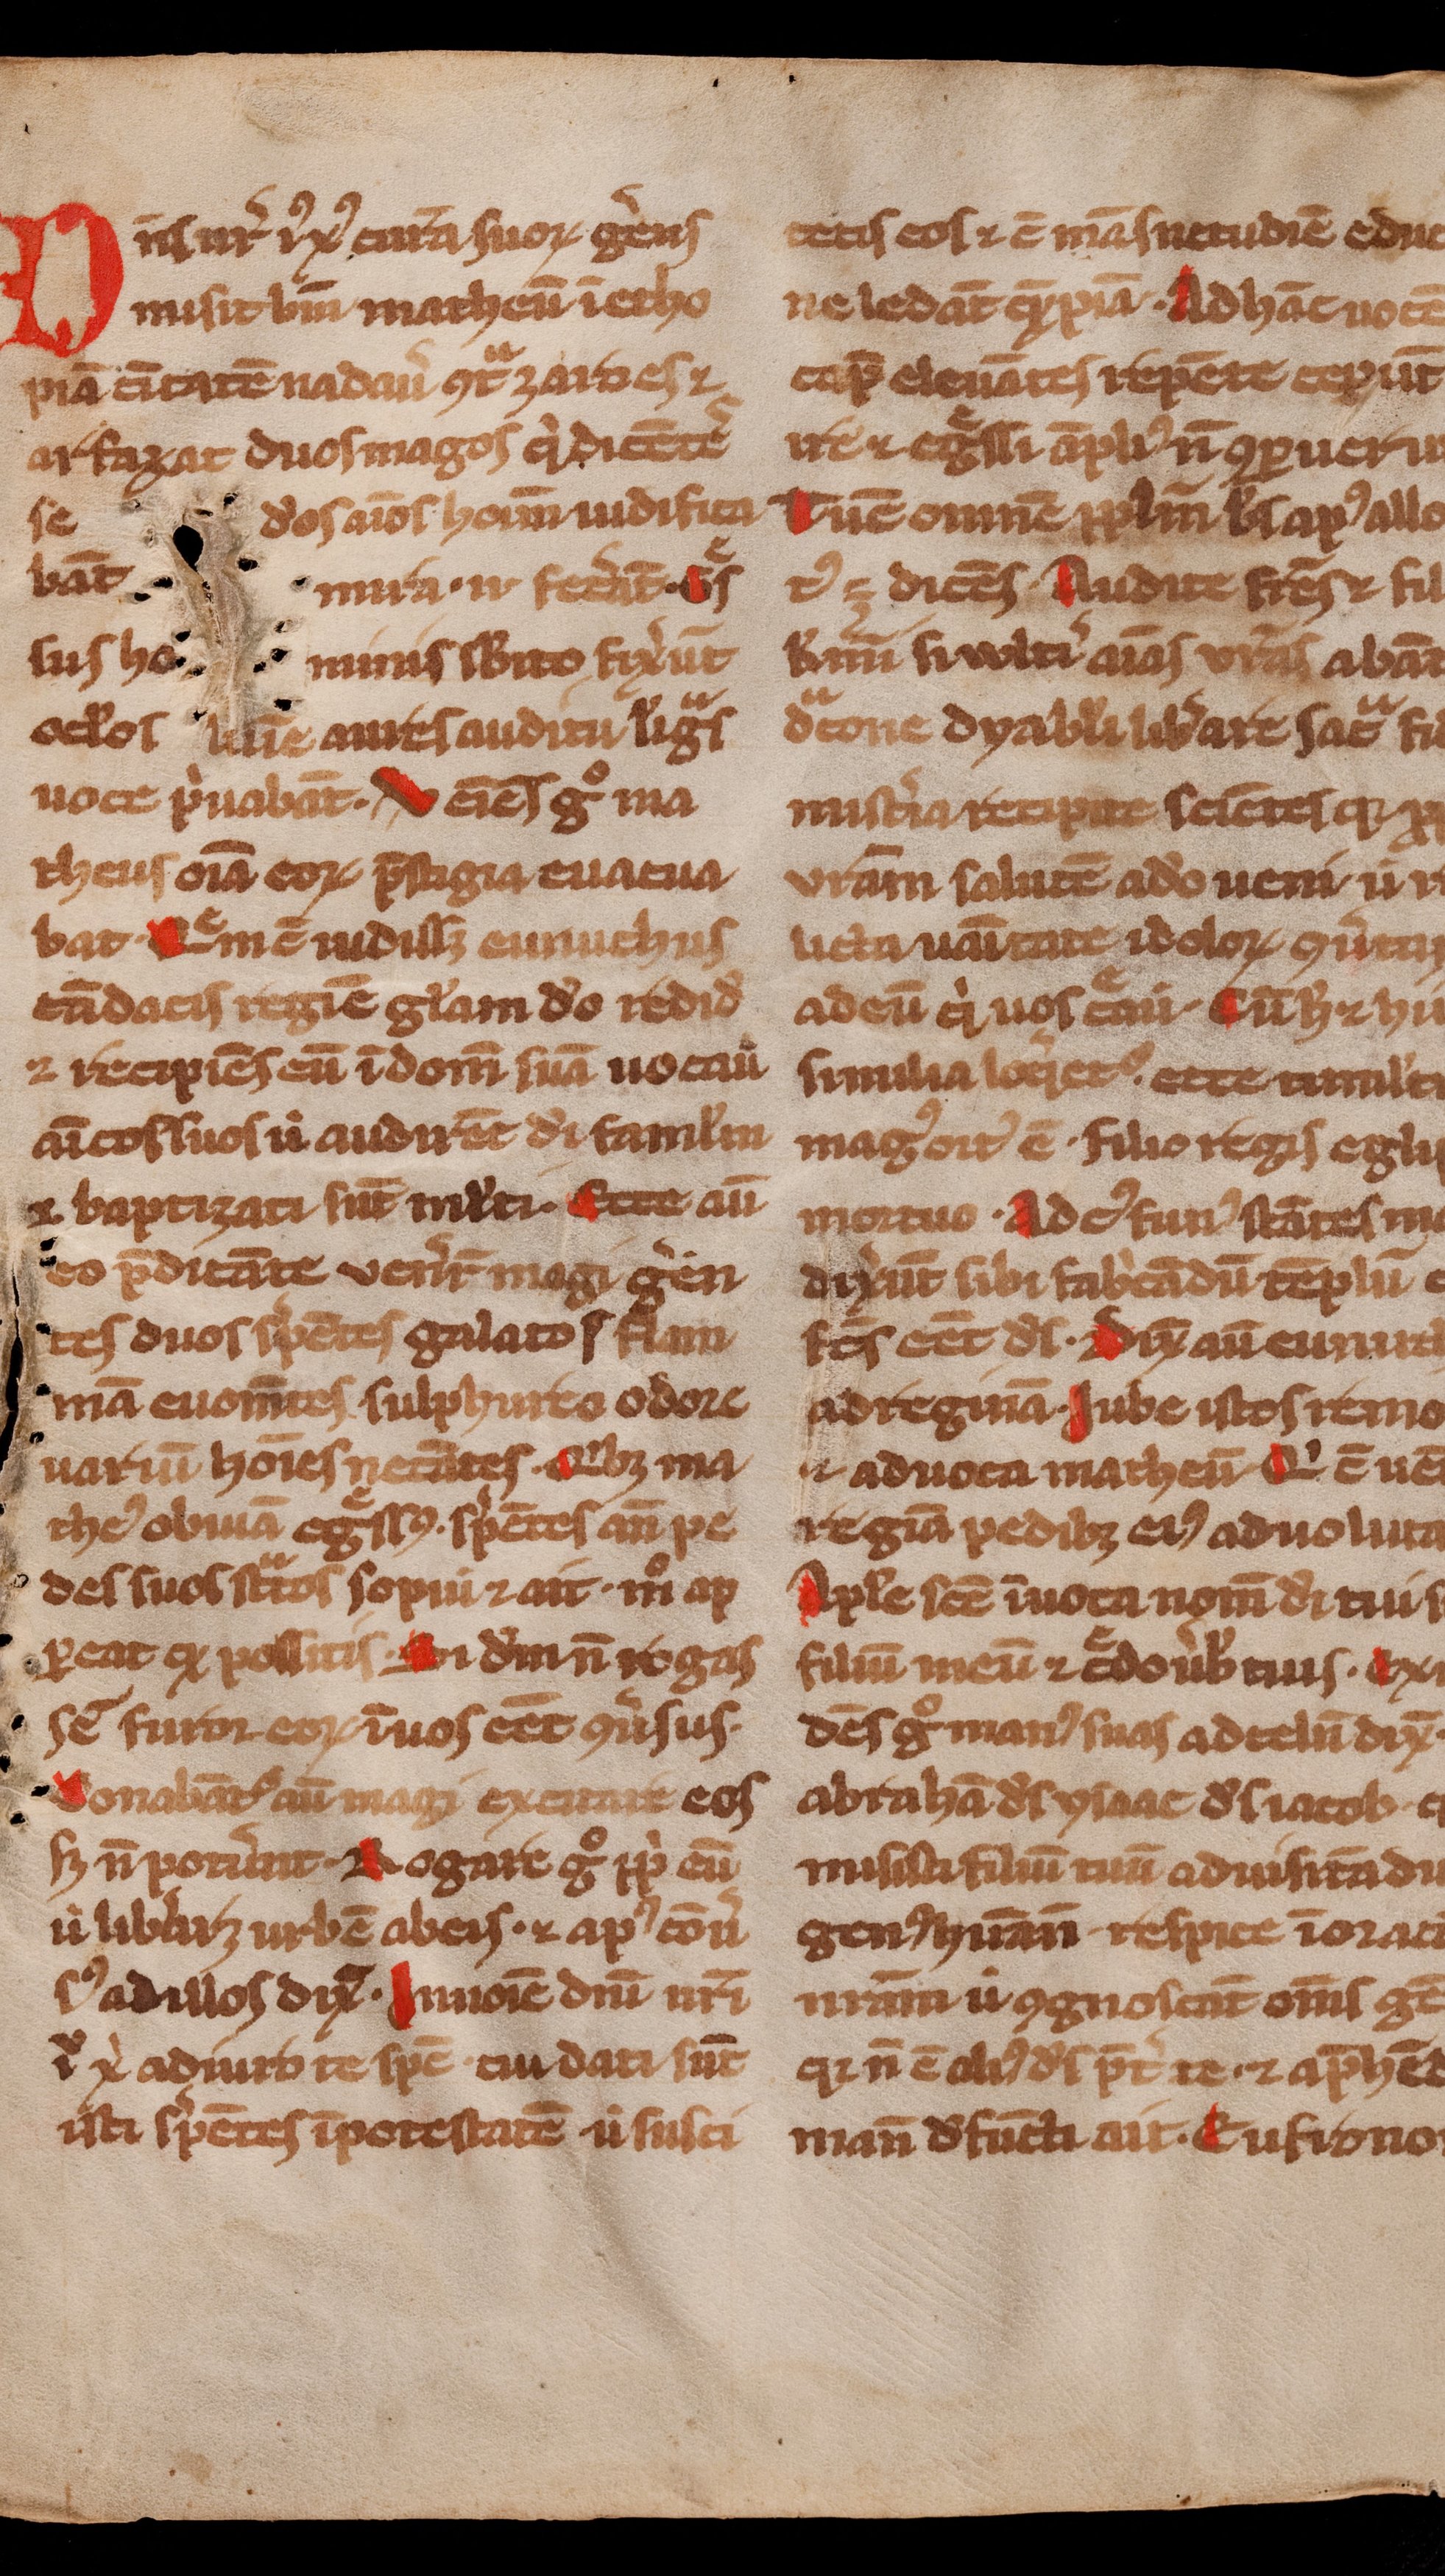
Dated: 1300–1399